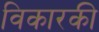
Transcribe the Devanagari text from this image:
विकारकी